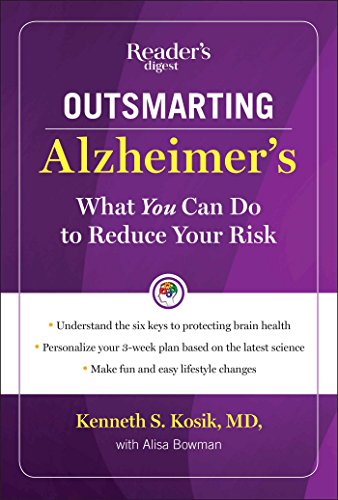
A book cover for Outsmarting Alzheimer's: What You Can Do To Reduce Your Risk; M.D. Kenneth S. Kosik; Health, Fitness & Dieting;